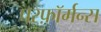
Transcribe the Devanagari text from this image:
परफ़ॉर्मन्स